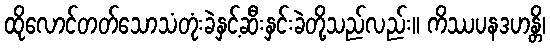
ထိုလောင်တတ်သောသံတုံးခဲနှင့်ဆီးနှင်းခဲတို့သည်လည်း။ ကိဿပနဒဟန္တိ၊